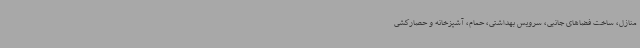
منازل، ساخت فضاهای جانبی، سرویس بهداشتی، حمام، آشپزخانه و حصارکشی